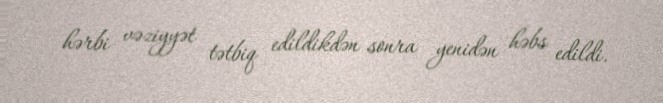
hərbi vəziyyət tətbiq edildikdən sonra yenidən həbs edildi.